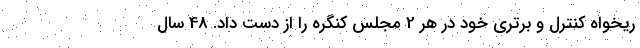
ریخواه کنترل و برتری خود در هر 2 مجلس کنگره را از دست داد. 48 سال